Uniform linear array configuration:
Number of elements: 64
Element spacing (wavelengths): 0.25
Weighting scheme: binomial
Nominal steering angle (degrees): -30
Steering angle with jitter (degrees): -30.267
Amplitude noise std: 0.05
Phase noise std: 0.05

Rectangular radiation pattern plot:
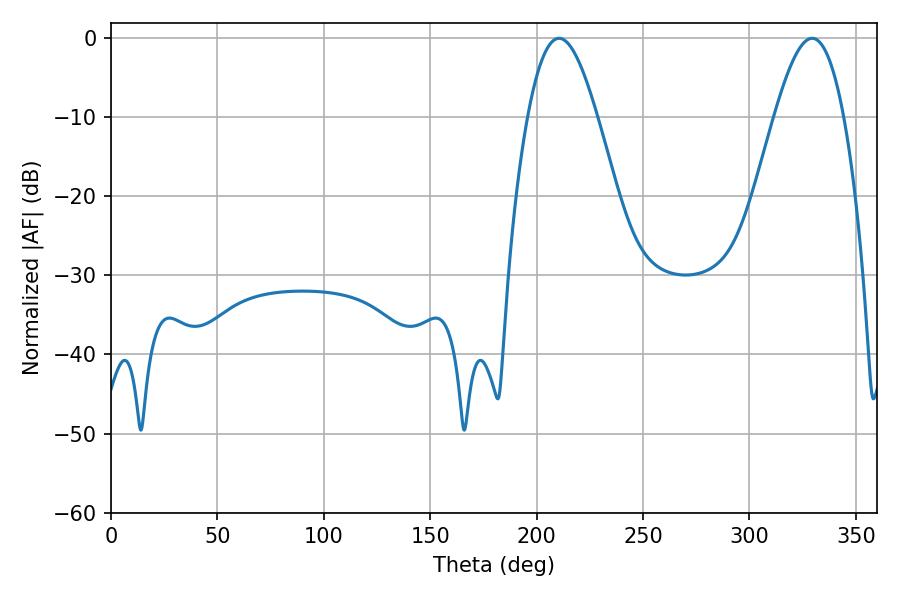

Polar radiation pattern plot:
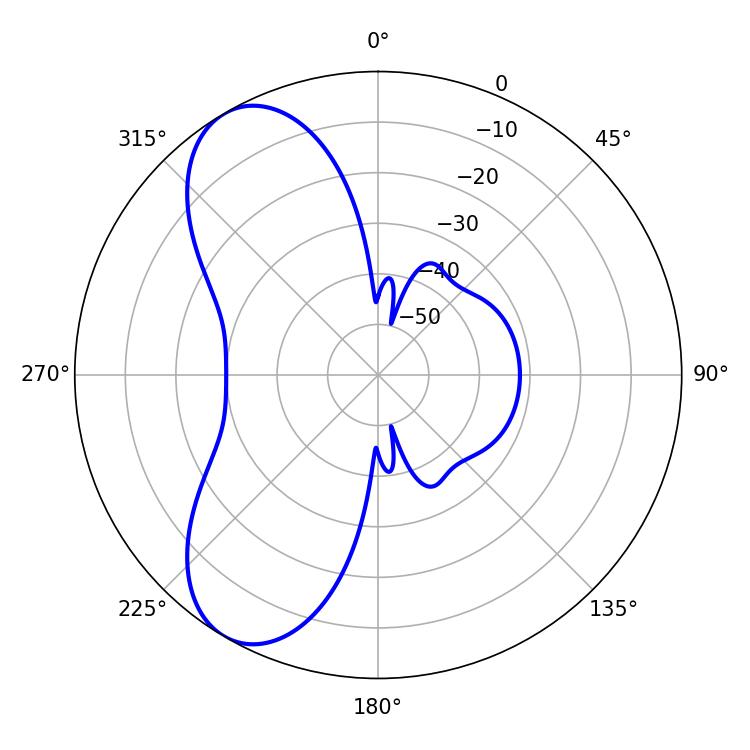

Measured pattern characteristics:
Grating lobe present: FALSE
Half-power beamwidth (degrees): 17.64
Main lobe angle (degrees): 210.6